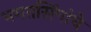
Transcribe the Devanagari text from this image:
भगतसिंगांचे